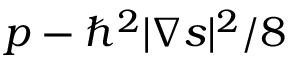
p - \hbar ^ { 2 } | \boldsymbol { \nabla } \boldsymbol { s } | ^ { 2 } / 8